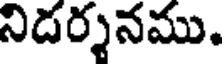
నిడర్శనము.